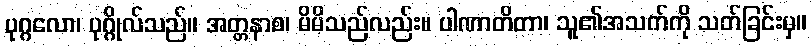
ပုဂ္ဂလော၊ ပုဂ္ဂိုလ်သည်။ အတ္တနာစ၊ မိမိသည်လည်း။ ပါဏာတိတာ၊ သူ၏အသက်ကို သတ်ခြင်းမှ။